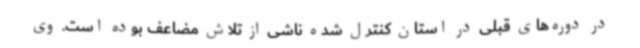
در دوره‌های قبلی در استان کنترل شده ناشی از تلاش مضاعف بوده است. وی